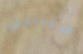
سنناقش